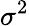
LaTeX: \sigma^{2}